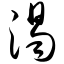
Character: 浊